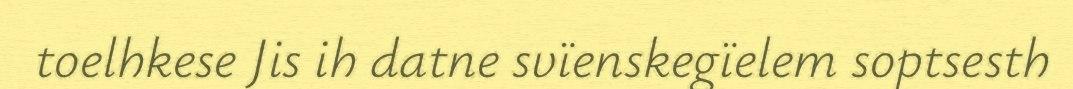
toelhkese Jis ih datne svïenskegïelem soptsesth